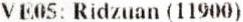
VE05: RIDZUAN (11900)